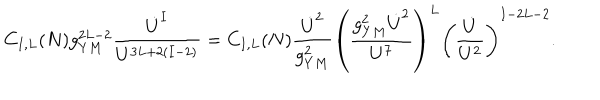
C _ { I , L } ( N ) g _ { Y M } ^ { 2 L - 2 } { \frac { \dot { U } ^ { I } } { U ^ { 3 L + 2 ( I - 2 ) } } } = C _ { I , L } ( N ) { \frac { \dot { U } ^ { 2 } } { g _ { Y M } ^ { 2 } } } \left( { \frac { g _ { Y M } ^ { 2 } \dot { U } ^ { 2 } } { U ^ { 7 } } } \right) ^ { L } \left( { \frac { \dot { U } } { U ^ { 2 } } } \right) ^ { I - 2 L - 2 } .